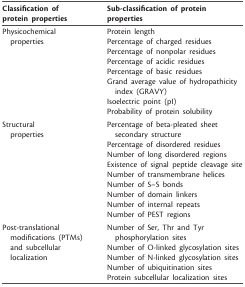
| Classification of protein properties | Sub-classification of protein properties |
 | --- | --- |
 | <ROWSPAN=8> Physicochemical properties | Protein length |
 | Percentage of charged residues |
 | Percentage of nonpolar residues |
 | Percentage of acidic residues |
 | Percentage of basic residues |
 | Grand average value of hydropathicity index (GRAVY) |
 | Isoelectric point (pI) |
 | Probability of protein solubility |
 | <ROWSPAN=9> Structural properties | Percentage of beta-pleated sheet secondary structure |
 | Percentage of disordered residues |
 | Number of long disordered regions |
 | Existence of signal peptide cleavage site |
 | Number of transmembrane helices |
 | Number of S–S bonds |
 | Number of domain linkers |
 | Number of internal repeats |
 | Number of PEST regions |
 | <ROWSPAN=5> Post-translational modifications (PTMs) and subcellular localization | Number of Ser, Thr and Tyr phosphorylation sites |
 | Number of O-linked glycosylation sites |
 | Number of N-linked glycosylation sites |
 | Number of ubiquitination sites |
 | Protein subcellular localization sites |